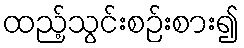
ထည့်သွင်းစဉ်းစား၍